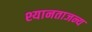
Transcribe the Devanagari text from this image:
श्यानताजन्य